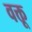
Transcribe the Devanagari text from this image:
वक्तू